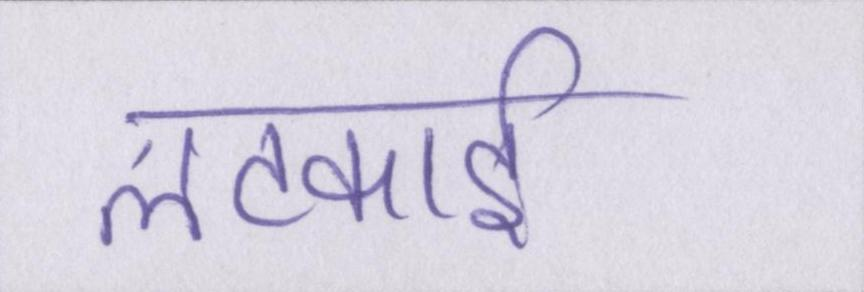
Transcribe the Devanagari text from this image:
लटकाई